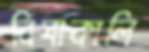
বিঘাকালি